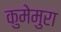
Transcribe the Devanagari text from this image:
कुमेमुरा